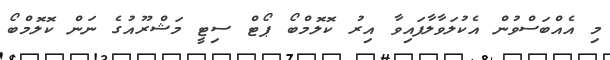
މި އެއްބަސްވުން އެކުލަވާލާފައިވާ އިރު ކޮލޮމްބޯ ޕޯޓް ސިޓީ މަޝްރޫއުގެ ނަން ކޮލޮމްބޯ